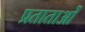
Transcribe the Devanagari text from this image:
प्रताताओं